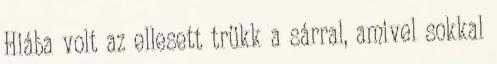
Hiába volt az ellesett trükk a sárral, amivel sokkal